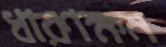
ধারণক্ষম